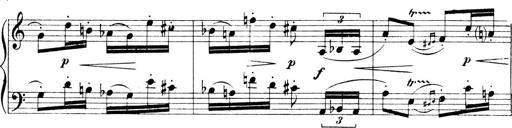
Title: 4 Sonatines
Composer: Max Reger